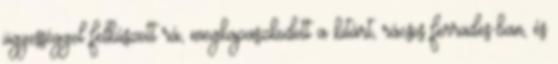
ügyességgel felkúszott rá, megkapaszkodott a kitárt, rácsos ferrades-ban, és